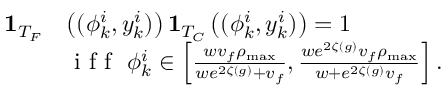
\begin{array} { r l } { \mathbf { 1 } _ { T _ { F } } } & { \left( ( \phi _ { k } ^ { i } , y _ { k } ^ { i } ) \right) \mathbf { 1 } _ { T _ { C } } \left( ( \phi _ { k } ^ { i } , y _ { k } ^ { i } ) \right) = 1 } \\ & { \textrm { i f f } \ \phi _ { k } ^ { i } \in \left[ \frac { w v _ { f } \rho _ { \operatorname* { m a x } } } { w e ^ { 2 \zeta ( g ) } + v _ { f } } , \frac { w e ^ { 2 \zeta ( g ) } v _ { f } \rho _ { \operatorname* { m a x } } } { w + e ^ { 2 \zeta ( g ) } v _ { f } } \right] . } \end{array}